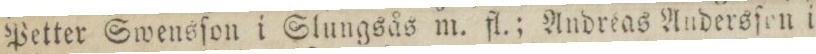
Petter Swensſon i Slungsås m. fl.; Andreas Andersſen i